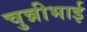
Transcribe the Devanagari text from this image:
चुन्नीभाई